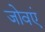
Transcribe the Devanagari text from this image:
जोवएं